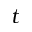
t